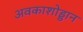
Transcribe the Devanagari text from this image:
अवकाशोड्डान